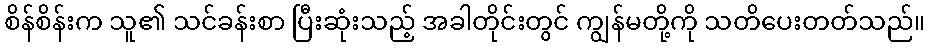
စိန်စိန်းက သူ၏ သင်ခန်းစာ ပြီးဆုံးသည့် အခါတိုင်းတွင် ကျွန်မတို့ကို သတိပေးတတ်သည်။